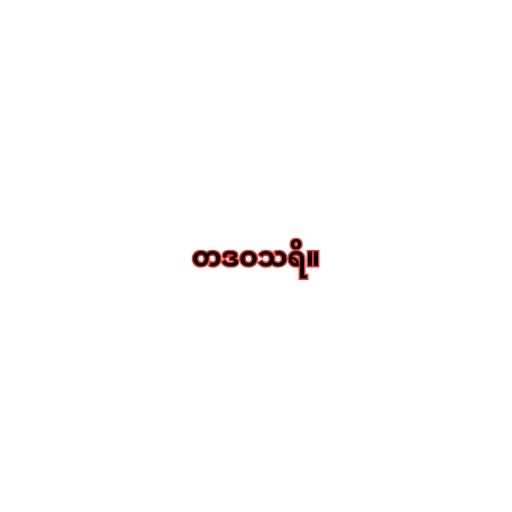
တဒဝသရိ။